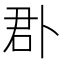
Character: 𠧬